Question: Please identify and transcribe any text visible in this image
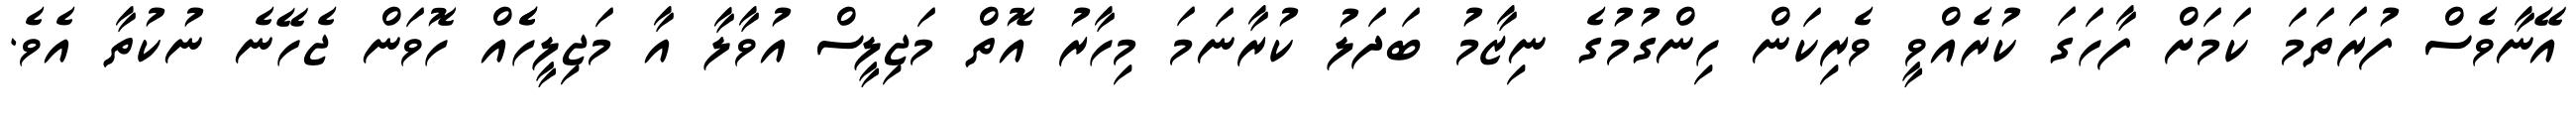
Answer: އޭނާވެސް ފުރަތަމަ ކަމަށް ފާހަގަ ކުރެއްވީ ވެރިކަން ހިންގުމުގެ ނިޒާމު ބަދަލު ކުރާނަމަ މިހާރު އޮތް މަޖިލީސް އުވާލާ އާ މަޖިލީހެެއް ހޮވަން ޖެހޭނެ ނުކުތާ އެވެ.